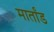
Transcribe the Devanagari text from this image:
मार्तांड